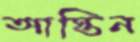
আস্তিন